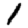
Digit: 1